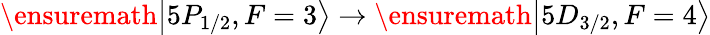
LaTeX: \ensuremath{\left\vert 5P_{1/2},F=3\right\rangle}\rightarrow\ensuremath{\left\vert 5D_{3/2},F=4\right\rangle}